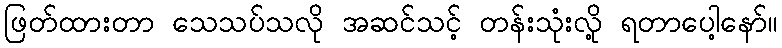
ဖြတ်ထားတာ သေသပ်သလို အဆင်သင့် တန်းသုံးလို့ ရတာပေါ့နော်။